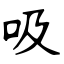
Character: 吸